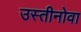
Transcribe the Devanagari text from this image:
उस्तीनोवा